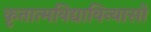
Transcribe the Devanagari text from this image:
कृतात्मविद्याविन्यासो